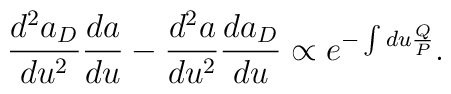
\frac{d^2a_D}{du^2}\frac{da}{du}-\frac{d^2a}{du^2}\frac{da_D}{du}\propto e^{-\int du \frac{Q}{P}}.